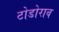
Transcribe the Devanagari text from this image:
टोडोराव